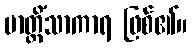
ဗာတ္တိံသာကာရ ဖြစ်၏။